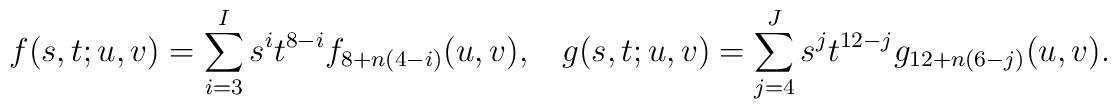
f(s,t;u,v) = \sum_{i=3}^I s^i t^{8-i}f_{8+n(4-i)}(u,v),~~~~    g(s,t;u,v) = \sum_{j=4}^J s^j t^{12-j}g_{12+n(6-j)}(u,v).